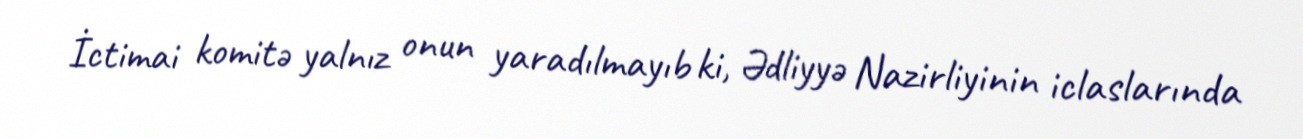
İctimai komitə yalnız onun yaradılmayıb ki, Ədliyyə Nazirliyinin iclaslarında